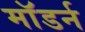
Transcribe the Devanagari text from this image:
माॅडर्न